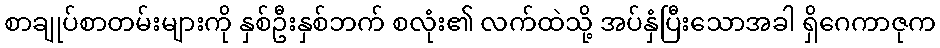
စာချုပ်စာတမ်းများကို နှစ်ဦးနှစ်ဘက် စလုံး၏ လက်ထဲသို့ အပ်နှံပြီးသောအခါ ရှိဂေကာဇုက